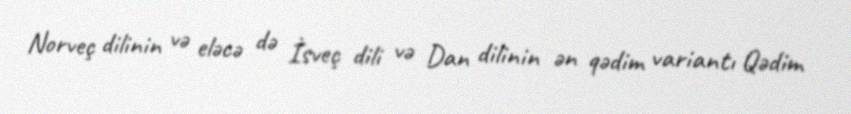
Norveç dilinin və eləcə də İsveç dili və Dan dilinin ən qədim variantı Qədim